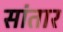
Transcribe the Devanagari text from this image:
सांतार